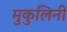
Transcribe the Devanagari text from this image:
मुकुलिनी